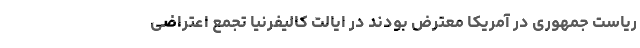
ریاست جمهوری در آمریکا معترض بودند در ایالت کالیفرنیا تجمع اعتراضی